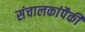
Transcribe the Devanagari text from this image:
संचालकांपैकी